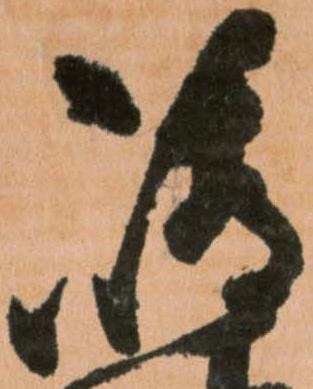
嶋